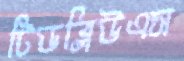
টিডব্লিউএস